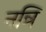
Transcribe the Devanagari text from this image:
नन्नि